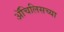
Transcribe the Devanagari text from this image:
ॲचिलिसच्या